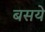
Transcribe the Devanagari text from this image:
बसये